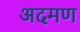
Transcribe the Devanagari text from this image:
अदमण